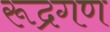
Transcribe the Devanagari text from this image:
रूद्रगण